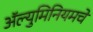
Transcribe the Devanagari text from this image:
ॲल्युमिनियमचे